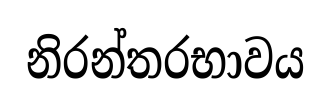
නිරන්තරභාවය